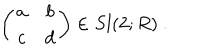
\left( \begin{matrix} { { a } } & { { b } } \\ { { c } } & { { d } } \\ \end{matrix} \right) \in S l ( 2 ; R ) \ .